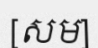
[សម]